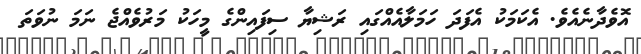
އޮވެދާނެއެވެ. އެކަމަކު އެފަދަ ހަމަލާއެއްގައި ރަޝިޔާ ސިފައިންގެ މީހަކު މަރުވެއްޖެ ނަމަ ނުވަތަ